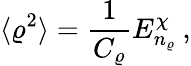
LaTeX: \langle\varrho^{2}\rangle=\frac{1}{C_{\varrho}}E_{n_{\varrho}}^{\chi}\: ,